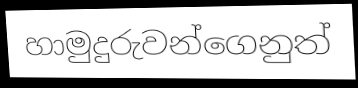
හාමුදුරුවන්ගෙනුත්